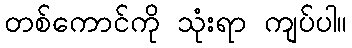
တစ်ကောင်ကို သုံးရာ ကျပ်ပါ။